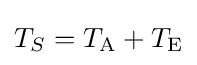
T_{S}=T_{\text{A}}+T_{\text{E}}